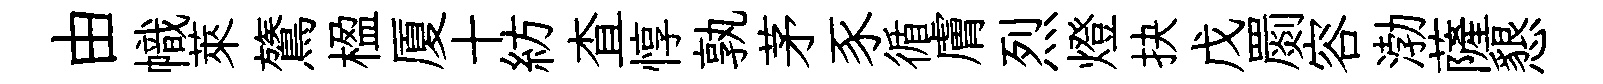
由幟萊鷟楹厦十紡查惇孰茅豕循膚烈燈抉戊罽容渤薩懇